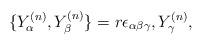
LaTeX: \begin{align*}\{Y_\alpha^{(n)},Y_\beta^{(n)}\}=r\epsilon_{\alpha\beta\gamma},Y_\gamma^{(n)},\end{align*}